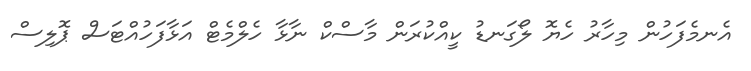
އެނމެފަހުން މިހާރު ހެޔޮ ލޯގަނޑު ކީއްކުރަން މާސްކް ނާޅާ ހެލްމެޓް އަޅާފަހުއްޓަސް ޕޮލިސް